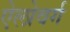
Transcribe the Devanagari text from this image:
ऐलोवर्ग